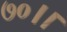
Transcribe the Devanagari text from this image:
७०।।